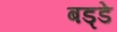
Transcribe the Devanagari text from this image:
बड्डे